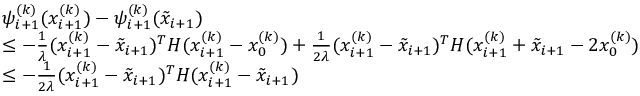
\begin{array} { r l } & { \psi _ { i + 1 } ^ { ( k ) } ( x _ { i + 1 } ^ { ( k ) } ) - \psi _ { i + 1 } ^ { ( k ) } ( \tilde { x } _ { i + 1 } ) } \\ & { \leq - \frac { 1 } { \lambda } ( x _ { i + 1 } ^ { ( k ) } - \tilde { x } _ { i + 1 } ) ^ { T } H ( x _ { i + 1 } ^ { ( k ) } - x _ { 0 } ^ { ( k ) } ) + \frac { 1 } { 2 \lambda } ( x _ { i + 1 } ^ { ( k ) } - \tilde { x } _ { i + 1 } ) ^ { T } H ( x _ { i + 1 } ^ { ( k ) } + \tilde { x } _ { i + 1 } - 2 x _ { 0 } ^ { ( k ) } ) } \\ & { \leq - \frac { 1 } { 2 \lambda } ( x _ { i + 1 } ^ { ( k ) } - \tilde { x } _ { i + 1 } ) ^ { T } H ( x _ { i + 1 } ^ { ( k ) } - \tilde { x } _ { i + 1 } ) } \end{array}